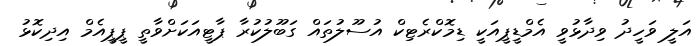
އަލީ ވަހީދު ވިދާޅުވީ އެމްޑީޕީއަކީ ޑިމޮކްރެޓިކް އުސޫލުތައް ގަބޫލުކުރާ ޕާޓީއަކަށްވާތީ ޕީޕީއެމް އިދިކޮޅު